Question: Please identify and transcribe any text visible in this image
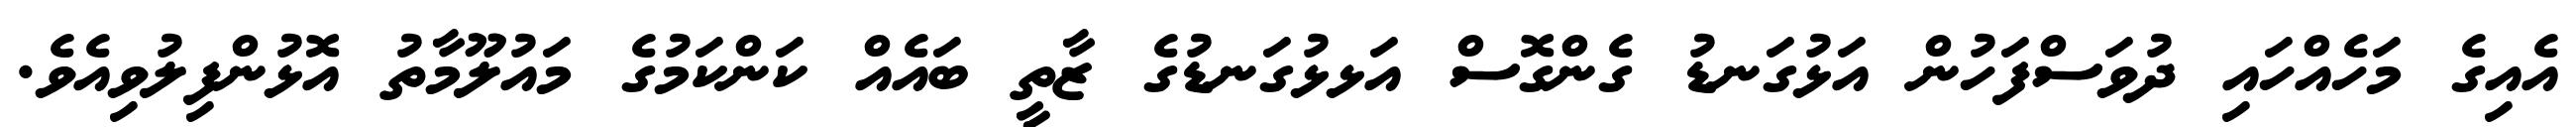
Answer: އެއިގެ މަހެއްހައި ދުވަސްފަހުން އަޅުގަނޑު ގެންގޮސް އަޅޅުގަނޑުގެ ޒާތީ ބައެއް ކަންކަމުގެ މައުލޫމާތު އޮޅުންފިލުވިއެވެ.